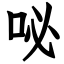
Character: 咇